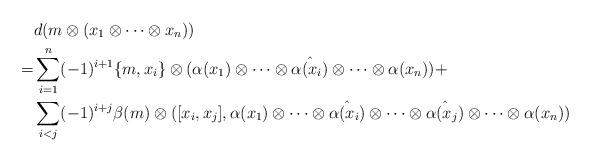
LaTeX: \begin{align*}&d(m\otimes (x_1\otimes\cdots\otimes x_n))\\=&\sum_{i=1}^n (-1)^{i+1}\{m,x_i\}\otimes(\alpha(x_1)\otimes\cdots\otimes\hat{\alpha(x_i)}\otimes\cdots\otimes \alpha(x_n))+\\&\sum_{i<j}(-1)^{i+j} \beta(m)\otimes([x_i,x_j],\alpha(x_1)\otimes\cdots\otimes\hat{\alpha(x_i)}\otimes\cdots\otimes\hat{\alpha(x_j)}\otimes\cdots\otimes \alpha(x_n))\end{align*}